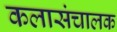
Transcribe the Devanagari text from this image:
कलासंचालक